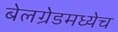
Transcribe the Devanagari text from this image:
बेलग्रेडमध्येच